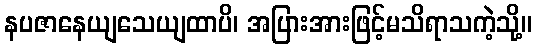
နပဇာနေယျသေယျထာပိ၊ အပြားအားဖြင့်မသိရာသကဲ့သို့။